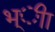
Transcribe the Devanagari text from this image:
भ्ीा